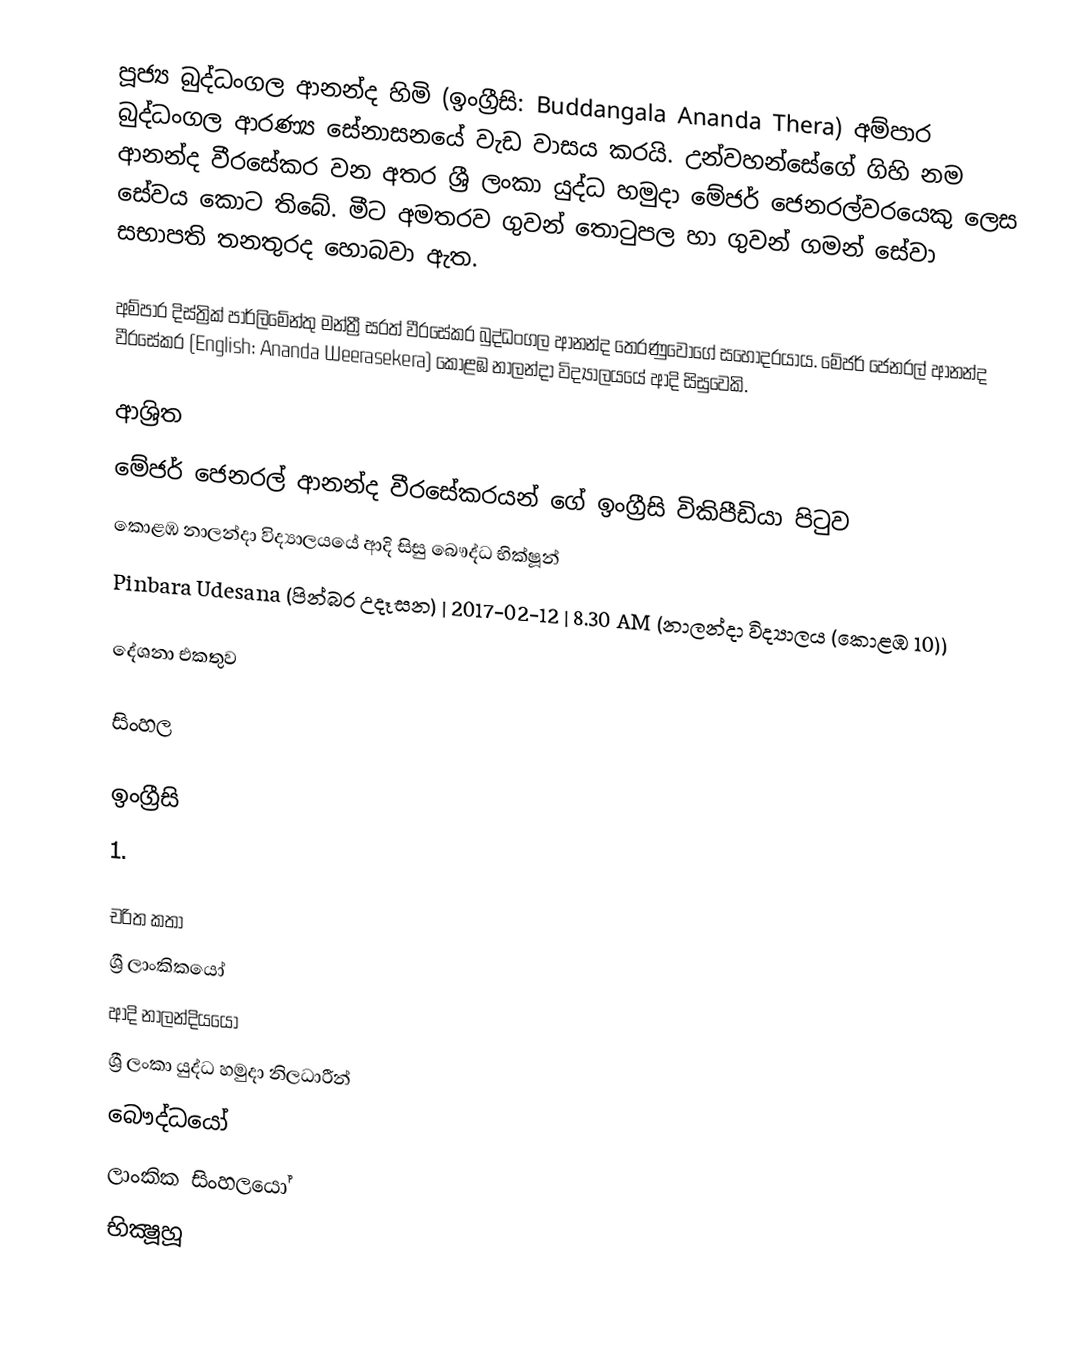
පූජ්‍ය බුද්ධංගල ආනන්ද හිමි (ඉංග්‍රීසි: Buddangala Ananda Thera) අම්පාර බුද්ධංගල ආරණ්‍ය සේනාසනයේ  වැඩ වාසය කරයි. උන්වහන්සේගේ ගිහි නම ආනන්ද වීරසේකර වන අතර ශ්‍රී ලංකා යුද්ධ හමුදා මේජර් ජෙනරල්වරයෙකු ලෙස සේවය කොට තිබේ. මීට අමතරව ගුවන් තොටුපල හා ගුවන් ගමන් සේවා සභාපති තනතුරද හොබවා ඇත.

අම්පාර දිස්ත්‍රික් පාර්ලිමේන්තු මන්ත්‍රී සරත් වීරසේකර බුද්ධංගල ආනන්ද තෙරණුවෝගේ සහෝදරයාය. මේජර් ජෙනරල් ආනන්ද වීරසේකර (English: Ananda Weerasekera) කොළඹ නාලන්දා විද්‍යාලයයේ ආදි සිසුවෙකි.

ආශ්‍රිත
  මේජර් ජෙනරල් ආනන්ද වීරසේකරයන් ගේ ඉංග්‍රීසි විකිපීඩියා පිටුව
 කොළඹ නාලන්දා විද්‍යාලයයේ ආදි සිසු බෞද්ධ භික්ෂූන්
 Pinbara Udesana (පින්බර උදෑසන) | 2017-02-12 | 8.30 AM (නාලන්දා විද්‍යාලය (කොළඹ 10))

දේශනා එකතුව

සිංහල

ඉංග්‍රීසි
1.

චරිත කතා
ශ්‍රී ලාංකිකයෝ
ආදි නාලන්දියයෝ
ශ්‍රී ලංකා යුද්ධ හමුදා නිලධාරීන්
බෞද්ධයෝ
ලාංකික සිංහලයෝ
භික්‍ෂූහූ